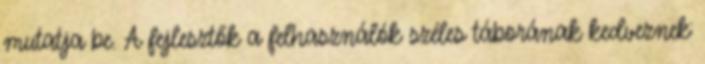
mutatja be. A fejlesztők a felhasználók széles táborának kedveznek: